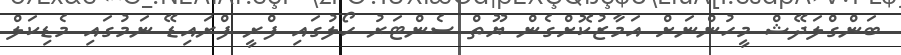
ބަންގްލަދޭޝް މީހުންނަށް އަމާޒުކޮށްގެން ޔޫތް ސެންޓަރު ހޯލުގައި ފްރީ ފްރައިޑޭ ނަމުގައި މެޑިކަލް